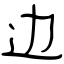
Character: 边